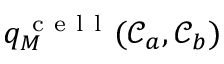
q _ { M } ^ { \mathrm { ~ c ~ e ~ l ~ l ~ } } ( \mathcal { C } _ { a } , \mathcal { C } _ { b } )